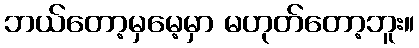
ဘယ်တော့မှမေ့မှာ မဟုတ်တော့ဘူး။